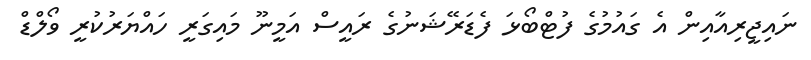
ނައިޖީރިއާއިން އެ ގައުމުގެ ފުޓްބޯޅަ ފެޑަރޭޝަނުގެ ރައީސް އަމީނޫ މައިގަރީ ހައްޔަރުކުރީ ވޯލްޑް